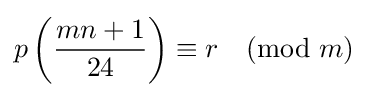
p\left({\frac {mn+1}{24}}\right)\equiv r{\pmod {m}}